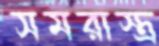
সমরাস্ত্র